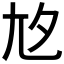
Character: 𡯌